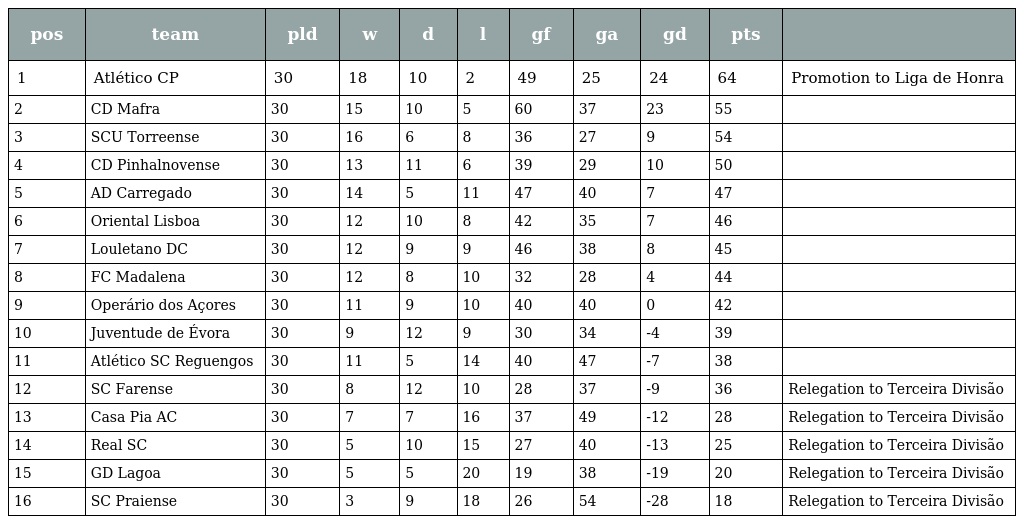
| pos | team | pld | w | d | l | gf | ga | gd | pts |  |
 | --- | --- | --- | --- | --- | --- | --- | --- | --- | --- | --- |
 | 1 | Atlético CP | 30 | 18 | 10 | 2 | 49 | 25 | 24 | 64 | Promotion to Liga de Honra |
 | 2 | CD Mafra | 30 | 15 | 10 | 5 | 60 | 37 | 23 | 55 |  |
 | 3 | SCU Torreense | 30 | 16 | 6 | 8 | 36 | 27 | 9 | 54 |  |
 | 4 | CD Pinhalnovense | 30 | 13 | 11 | 6 | 39 | 29 | 10 | 50 |  |
 | 5 | AD Carregado | 30 | 14 | 5 | 11 | 47 | 40 | 7 | 47 |  |
 | 6 | Oriental Lisboa | 30 | 12 | 10 | 8 | 42 | 35 | 7 | 46 |  |
 | 7 | Louletano DC | 30 | 12 | 9 | 9 | 46 | 38 | 8 | 45 |  |
 | 8 | FC Madalena | 30 | 12 | 8 | 10 | 32 | 28 | 4 | 44 |  |
 | 9 | Operário dos Açores | 30 | 11 | 9 | 10 | 40 | 40 | 0 | 42 |  |
 | 10 | Juventude de Évora | 30 | 9 | 12 | 9 | 30 | 34 | -4 | 39 |  |
 | 11 | Atlético SC Reguengos | 30 | 11 | 5 | 14 | 40 | 47 | -7 | 38 |  |
 | 12 | SC Farense | 30 | 8 | 12 | 10 | 28 | 37 | -9 | 36 | Relegation to Terceira Divisão |
 | 13 | Casa Pia AC | 30 | 7 | 7 | 16 | 37 | 49 | -12 | 28 | Relegation to Terceira Divisão |
 | 14 | Real SC | 30 | 5 | 10 | 15 | 27 | 40 | -13 | 25 | Relegation to Terceira Divisão |
 | 15 | GD Lagoa | 30 | 5 | 5 | 20 | 19 | 38 | -19 | 20 | Relegation to Terceira Divisão |
 | 16 | SC Praiense | 30 | 3 | 9 | 18 | 26 | 54 | -28 | 18 | Relegation to Terceira Divisão |